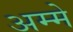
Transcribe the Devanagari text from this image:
अम्मे